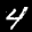
Label: 4